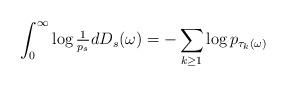
LaTeX: \begin{align*} \int_0^\infty\log\tfrac1{p_s}dD_s(\omega) &= -\sum_{k\geq1}\log p_{\tau_k(\omega)} \end{align*}